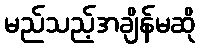
မည်သည့်အချိန်မဆို